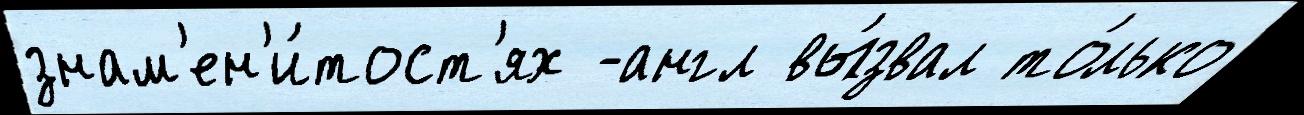
знам'ен'и́тост'ях -англ вы́звал то́лько